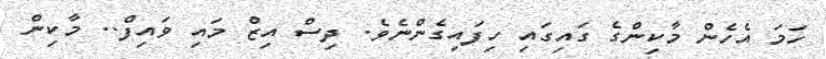
ހަމަ އެހެން މާކިންގެ ގައިގައި ހިފައިގެންނެވެ. ދިސް އިޒް މައި ވައިފް.. މާކިން